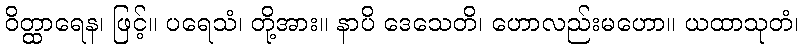
ဝိတ္ထာရေန၊ ဖြင့်။ ပရေသံ၊ တို့အား။ နာပိ ဒေသေတိ၊ ဟောလည်းမဟော။ ယထာသုတံ၊